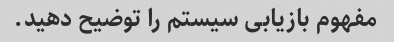
مفهوم بازیابی سیستم را توضیح دهید.